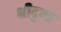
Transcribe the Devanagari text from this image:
श्रीदुष्क